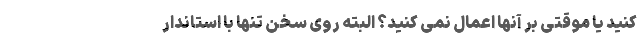
کنید یا موقتی بر آنها اعمال نمی کنید؟ البته روی سخن تنها با استاندار